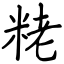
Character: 粩